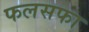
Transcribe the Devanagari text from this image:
फलसफा